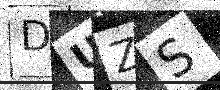
Text: DUZS